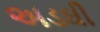
અડઘી